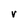
Character: V